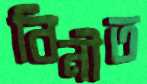
বিনীত